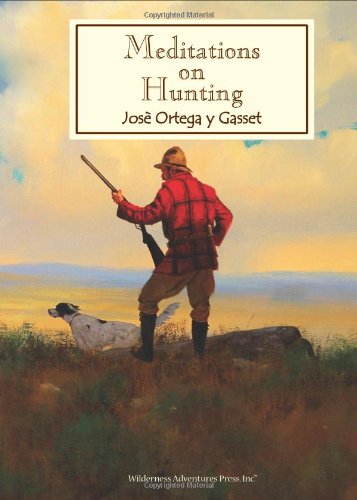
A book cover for Meditations on Hunting; Jose Ortega y Gasset; Sports & Outdoors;